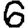
Digit: 6